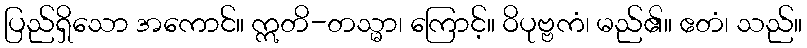
ပြည်ရှိသော အကောင်။ ဣတိ-တသ္မာ၊ ကြောင့်။ ဝိပုဗ္ဗကံ၊ မည်၏။ ဧတံ၊ သည်။